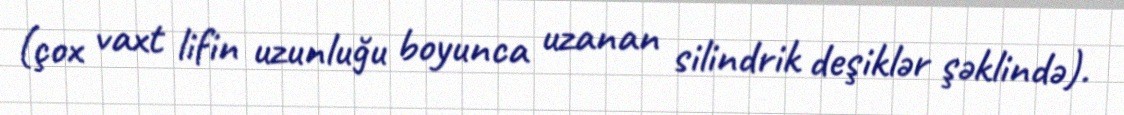
(çox vaxt lifin uzunluğu boyunca uzanan silindrik deşiklər şəklində).